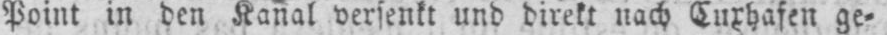
Point in den Kanal versenkt und direkt nach Cuxhafen ge⸗